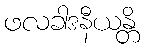
ဖလခါဒနီယန္တိ